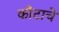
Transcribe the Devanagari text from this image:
काँटाचे